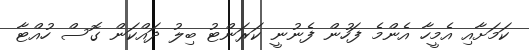
ކަމަށާއި އެމީހާ އެންމެ ފަހުން ފެނުނީ ކަރަންޓު ބިލު ދައްކަން ގޮސް ހުއްޓާ